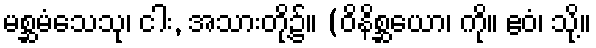
မစ္ဆမံသေသု၊ ငါး, အသားတို့၌။ (ဝိနိစ္ဆယော၊ ကို။ ဧဝံ၊ သို့။